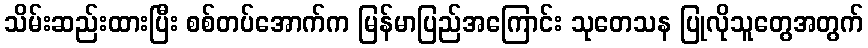
သိမ်းဆည်းထားပြီး စစ်တပ်အောက်က မြန်မာပြည်အကြောင်း သုတေသန ပြုလိုသူတွေအတွက်